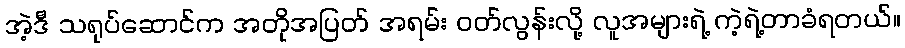
အဲ့ဒီ သရုပ်ဆောင်က အတိုအပြတ် အရမ်း ဝတ်လွန်းလို့ လူအများရဲ့ ကဲ့ရဲ့တာခံရတယ်။